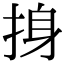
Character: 㧶